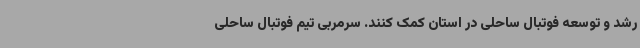
رشد و توسعه فوتبال ساحلی در استان کمک کنند. سرمربی تیم فوتبال ساحلی